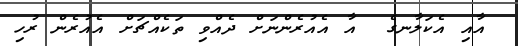
އާއި އެކަލާނގެ  އާ އެއުރެންނަށް ދެއްވި ތަކެއްޗަށް އެއުރެން ރުހި